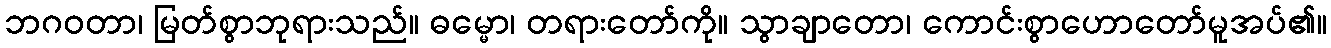
ဘဂဝတာ၊ မြတ်စွာဘုရားသည်။ ဓမ္မော၊ တရားတော်ကို။ သွာချာတော၊ ကောင်းစွာဟောတော်မူအပ်၏။